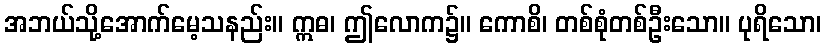
အဘယ်သို့အောက်မေ့သနည်း။ ဣဓ၊ ဤလောက၌။ ကောစိ၊ တစ်စုံတစ်ဦးသော။ ပုရိသော၊